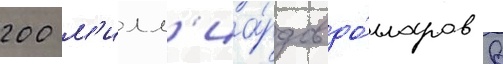
200 м'илл'иа́рдов до́лларов в